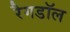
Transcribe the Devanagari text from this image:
रैगडॉल